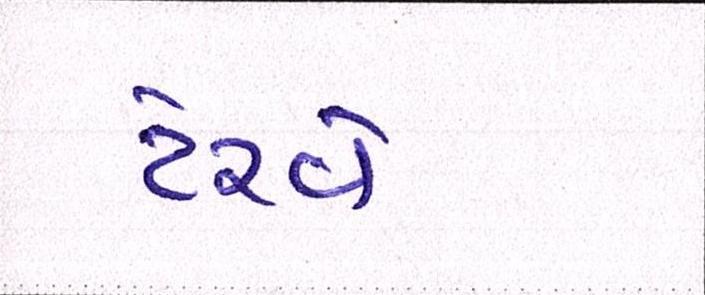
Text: ટેરવે